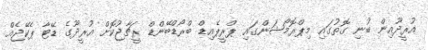
އުރީދޫއިން ބުނި ގޮތުގައި މިޕްރޮމޯޝަންގައި ޕްރީޕެއިޑް ބްރޯޑްބޭންޑް ރީޗާޖުކޮށް އުރީދޫގެ ޑޭޓާ ޕެކޭޖެއް